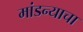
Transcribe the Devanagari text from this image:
मांडन्याचा